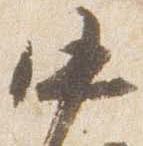
中